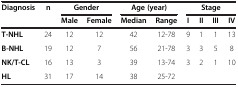
| Diagnosis | n | <COLSPAN=2> Gender | <COLSPAN=2> Age (year) | <COLSPAN=4> Stage |
 |  |  | Male | Female | Median | Range | I | II | III | IV |
 | --- | --- | --- | --- | --- | --- | --- | --- | --- | --- |
 | T-NHL | 24 | 12 | 12 | 42 | 12-78 | 9 | 1 | 1 | 13 |
 | B-NHL | 19 | 12 | 7 | 56 | 21-78 | 3 | 3 | 5 | 8 |
 | NK/T-CL | 16 | 13 | 3 | 39 | 13-74 | 3 | 2 | 1 | 10 |
 | HL | 31 | 17 | 14 | 38 | 25-72 |  |  |  |  |